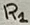
Text: R1